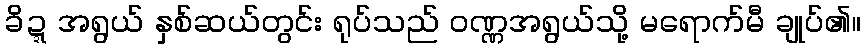
ခိဍ္ဍအရွယ် နှစ်ဆယ်တွင်း ရုပ်သည် ဝဏ္ဏအရွယ်သို့ မရောက်မီ ချုပ်၏။